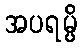
အပရမ္ပိ